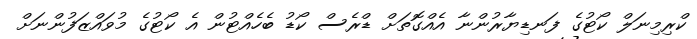
ކްރިމިނަލް ކޯޓުގެ ފަނޑިޔާރުންނާ އެއްގޮތަށް ޑްރެސް ކޯޑު ބެހެއްޓުން އެ ކޯޓުގެ މުވައްޒަފުންނަށް